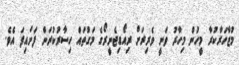
މުޒާހަރާކުރާ މީހުން މިހާރު ވަނީ ވެރިރަށް ރިއޯޑިޖެނީރޯގެ މަގުތައް ހިސާރުކުރަން ފަށައިފަ އެވެ.